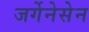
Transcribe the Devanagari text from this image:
जर्गेनेसेन